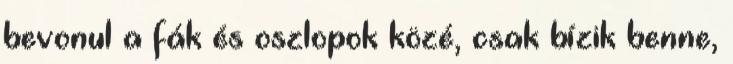
bevonul a fák és oszlopok közé, csak bízik benne,